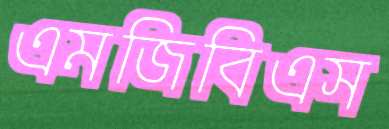
এমজিবিএস